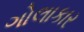
ગોલાકાર